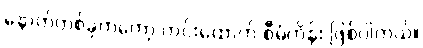
နောက်တစ်ခုကတော့ ကင်းထောက် စီမံကိန်း ဖြစ်ပါတယ်။